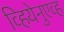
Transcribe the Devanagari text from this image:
व्हियेनुएव्ह